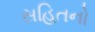
સહિતનો